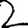
Digit: 2